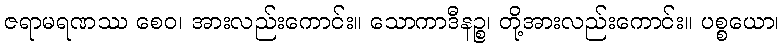
ဇရာမရဏဿ စေဝ၊ အားလည်းကောင်း။ သောကာဒီနဉ္စ၊ တို့အားလည်းကောင်း။ ပစ္စယော၊